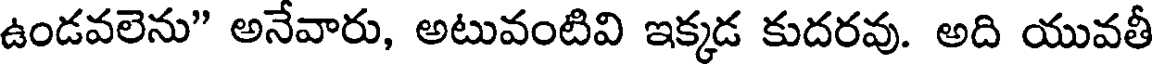
ఉండవలెను" అనేవారు, అటువంటివి ఇక్కడ కుదరవు. అది యువతీ